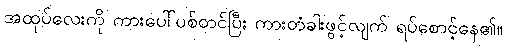
အထုပ်လေးကို ကားပေါ်ပစ်တင်ပြီး ကားတံခါးဖွင့်လျက် ရပ်စောင့်နေ၏။